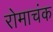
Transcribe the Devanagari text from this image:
रोमाचंक